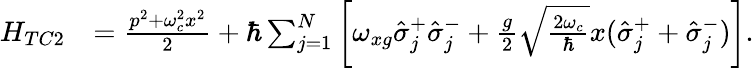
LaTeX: \begin{array}{rl}{H_{TC2}}&{=\frac{p^{2}+\omega_{c}^{2}x^{2}}{2}+\hbar\sum_{j=1}^{N}\left[\omega_{xg}\hat{\sigma}_{j}^{+}\hat{\sigma}_{j}^{-}+\frac{g}{2}\sqrt{\frac{2\omega_{c}}{\hbar}}x(\hat{\sigma}_{j}^{+}+\hat{\sigma}_{j}^{-})\right].}\end{array}